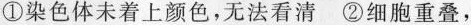
①染色体未着上颜色，无法看清②细胞重叠，